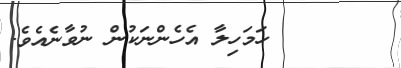
٢١       ހަމަހިލާ އެހެންނަކުން ނުވާނެއެވެ.